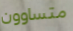
متساوون